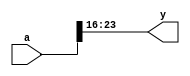
module test_def(a, y);

`define MSB_LSB_SEP :
`define get_msb(off, len) ((off)+(len)-1)
`define get_lsb(off, len) (off)
`define sel_bits(offset, len) `get_msb(offset, len) `MSB_LSB_SEP `get_lsb(offset, len)

input [31:0] a;
output [7:0] y;

assign y = a[`sel_bits(16, 8)];

endmodule